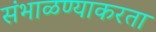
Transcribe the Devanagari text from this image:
संभाळण्याकरता